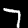
Digit: 7